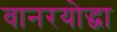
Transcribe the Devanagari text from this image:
वानरयोद्धा